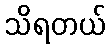
သိရတယ်